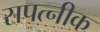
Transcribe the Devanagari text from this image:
सपत्‍नीक